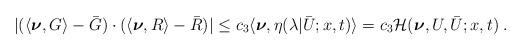
LaTeX: \begin{align*}\begin{aligned}| (\langle\boldsymbol{\nu},G\rangle-\bar G )\cdot (\langle\boldsymbol{\nu},R\rangle- \bar R)| &\le c_3 \langle \boldsymbol{\nu} , \eta (\lambda | \bar U;x,t ) \rangle = c_3 \mathcal{H} ( \boldsymbol{\nu},U,\bar{U};x,t)\;.\end{aligned}\end{align*}